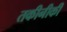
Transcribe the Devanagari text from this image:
तकीनीकी